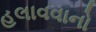
હલાવવાનો